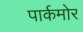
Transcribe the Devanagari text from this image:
पार्कमोर